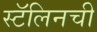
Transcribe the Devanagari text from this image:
स्टॅलिनची